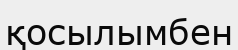
қосылымбен